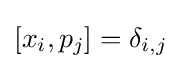
[x_{i},p_{j}]=\delta _{i,j}